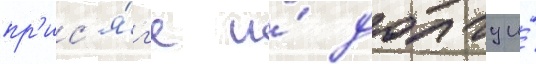
пр'ис'я́г'е и́ долгу и́